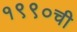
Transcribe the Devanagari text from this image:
१९९०ची